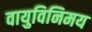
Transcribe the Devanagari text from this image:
वायुविनिमय